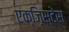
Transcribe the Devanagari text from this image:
एक्ज़िस्टेंस